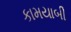
કામયાબી